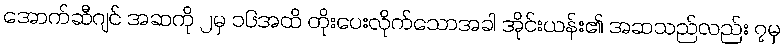
အောက်ဆီဂျင် အဆကို ၂မှ ၁၆အထိ တိုးပေးလိုက်သောအခါ အိုင်းယန်း၏ အဆသည်လည်း ၇မှ